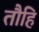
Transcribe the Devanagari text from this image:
तौहि